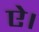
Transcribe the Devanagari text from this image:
ऐ।